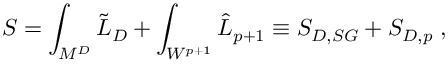
S = \int _ { M ^ { D } } \tilde { { \cal L } } _ { D } + \int _ { W ^ { p + 1 } } \hat { { \cal L } } _ { p + 1 } \equiv S _ { D , S G } + S _ { D , p } \; , \qquad